Annual administration and progress report of the Indian Medical Department, Bombay
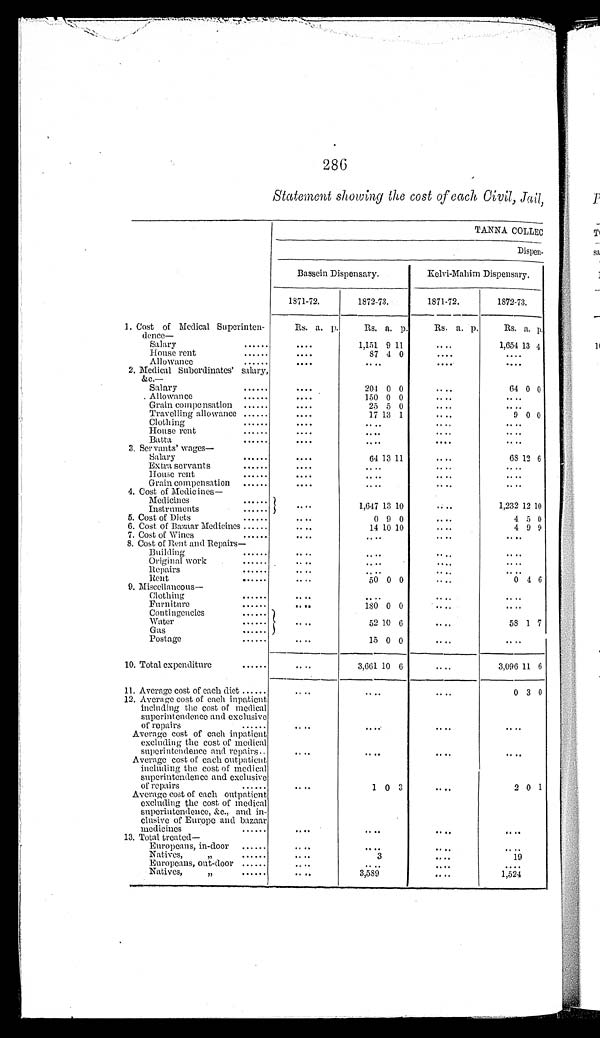
286
Statement showing the cost of each Civil, Jail,
TANNA COLLEC
Dispen-
Bassein Dispensary.
Kelvi-Mahim Dispensary.
1871-72.
1872-73.
1871-72.
1872-73.
1. Cost of Medical Superinten-
dence—
Rs. a. p.
Rs. a. p.
Rs. a. p.
Rs. a. p.
Salary . . .
. . .
1,151 9 11
. . .
1,654 13 4
House rent . . .
. . .
87 4 0
. . .
. . .
Allowance . . .
. . .
. . .
. . .
. . .
2. Medical Subordinates' salary,
&c.—
Salary . . .
. . .
204 0 0
. . .
64 0 0
Allowance . . .
. . .
150 0 0
. . .
. . .
Grain compensation . . .
. . .
25 5 0
. . .
. . .
Travelling allowance . . .
. . .
17 13 1
. . .
9 0 0
Clothing . . .
. . .
. . .
. . .
. . .
House rent . . .
. . .
. . .
. . .
. . .
Batta . . .
. . .
. . .
. . .
. . .
3. Servants' wages —
Salary . . .
. . .
64 13 11
. . .
6 8 12 6
Extra servants . . .
. . .
. . .
. . .
. . .
House rent . . .
. . .
. . .
. . .
. . .
Grain compensation . . .
. . .
. . .
. . .
. . .
4. Cost of Medicines—
Medicines . . .
. . .
1,647 13 10
. . .
1,232 12 10
Instruments . . .
5. Cost of Diets . . .
. . .
0 9 0
. . .
4 5 0
6. Cost of Bazaar Medicines . . .
. . .
14 10 10
. . .
4 9 9
7. Cost of Wines . . .
. . .
. . .
. . .
. . .
8. Cost of Rent and Repairs—
Building . . .
. . .
. . .
. . .
. . .
Original work . . .
. . .
. . .
. . .
. . .
Repairs . . .
. . .
. . .
. . .
. . .
Rent . . .
. . .
50 0 0
. . .
0 4 6
9. Miscellaneous—
Clothing . . .
. . .
. . .
. . .
. . .
Furniture . . .
. . .
180 0 0
. . .
. . .
Contingencies . . .
. . .
52 10 6
. . .
58 1 7
Water . . .
Gas . . .
Postage . . .
. . .
15 0 0
. . .
. . .
10. Total expenditure . . .
. . .
3,661 10 6
. . .
3,096 11 6
11. Average cost of each diet . . .
. . .
. . .
. . .
0 3 0
12. Average cost of each inpatient
including the cost of medical
superintendence and exclusive
of repairs . . .
. . .
. . .
. . .
. . .
Average cost of each inpatient
excluding the cost of medical
superintendence and repairs . . .
. . .
. . .
. . .
. . .
Average cost of each outpatient
including the cost of medical
superintendence and exclusive
of repairs . . .
. . .
1 0 3
. . .
2 0 1
Average cost of each outpatient
excluding the cost of medical
superintendence, &c., and in -
clusive of Europe and baza a r m e d i c i n e s . . .
. . .
. . .
. . .
. . .
13. Total treated—
Europeans, in-door . . .
. . .
. . .
. . .
. . .
Natives, " . . .
. . .
3
. . .
19
Europeans, out-door . . .
. . .
. . .
. . .
. . .
Natives, " . . .
. . .
3,589
. . .
1,524